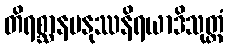
တိရစ္ဆာနမနုဿနိရယာဒိသုတ္တံ